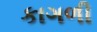
કાગળી